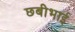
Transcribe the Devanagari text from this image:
छबीभाई